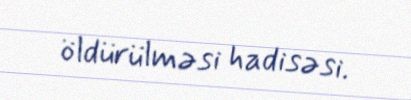
öldürülməsi hadisəsi.